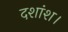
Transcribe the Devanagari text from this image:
दशांश।